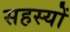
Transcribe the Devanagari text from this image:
सहस्यों